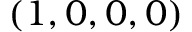
( 1 , 0 , 0 , 0 )